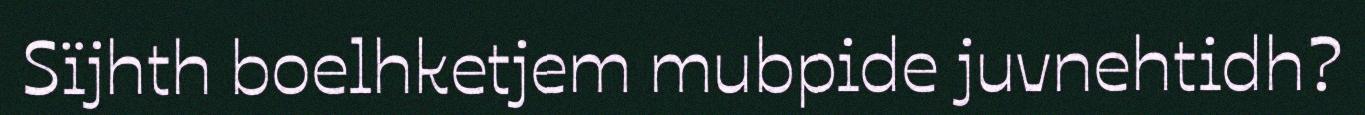
Sïjhth boelhketjem mubpide juvnehtidh?